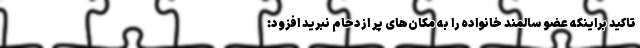
تاکید براینکه عضو سالمند خانواده را به مکان‌های پر ازدحام نبرید افزود: